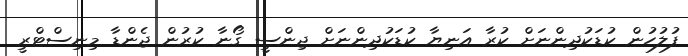
ފުލުހުން ކުޑަކުދިންނަށް ކުރާ އަނިޔާ ކުޑަކުދިންނަށް ޖިންސީ ގޯނާ ކުރުން ޖެންޑާ މިނިސްޓްރީ